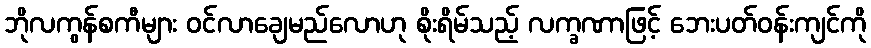
ဘိုလကွန်စကီများ ဝင်လာချေမည်လောဟု စိုးရိမ်သည့် လက္ခဏာဖြင့် ဘေးပတ်ဝန်းကျင်ကို